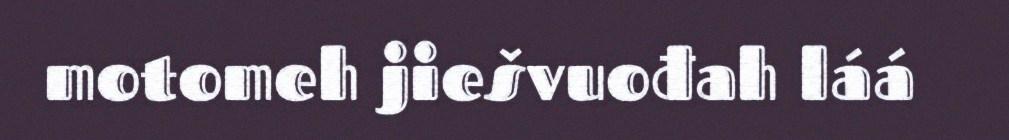
motomeh jiešvuođah láá